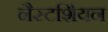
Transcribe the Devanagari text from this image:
नैस्टर्शियन